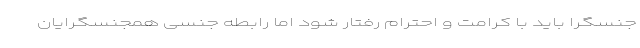
جنسگرا باید با کرامت و احترام رفتار شود اما رابطه جنسی همجنسگرایان